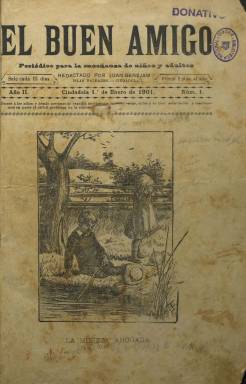
Título: El Buen amigo (Ciudadela)
Colección: Revistas infantiles
Ámbito geográfico: Baleares
Lugar de publicación: Ciudadela (Baleares)
Fechas: 01/01/1901-15/12/1903

Esta publicación pedagógica de las Islas Baleares tenía periodicidad quincenal y se subtitulaba: ‘periódico para la enseñanza de niños y adultos’. Comenzó a editarse en Ciudadela, en la isla de Menorca, en 1900 y se prolongó hasta diciembre de 1904. La colección de la BNE carece de los números correspondientes al primer año y al último.

   El director de esta publicación fue el gran pedagogo y publicista Juan Benejam Vives, natural precisamente de Ciudadela, aunque su proyección sobrepasó las Islas Baleares, dado que su producción didáctica en libros y prensa trascendió a toda España e incluso a América, donde emigraron muchas personas que se beneficiaron de sus enseñanzas. En su ciudad natal regentó una escuela durante 40 años dedicándose no solo a la educación de niños sino también de adultos.

  El Buen Amigo contaba con ocho páginas y una de sus notas características era su grabado o fotograbado de portada, única ilustración que adornaba cada número y cuyo propósito era introducir e incitar a la lectura de un cuento o relato con finalidades educativas y moralizantes, en ocasiones, o de informaciones divulgativas de interés educativo, en otras, tanto para niños como para adultos.

 ‘Demos a los niños y personas de sencilla inteligencia lecturas sanas, útiles y de fácil asimilación y resolveremos en parte el problema de la educación popular’, era el lema del periódico, cuyo contenido era a la vez recreativo y didáctico.

  Podemos ver la estructura del periódico por ejemplo en el primer número que posee la BNE, de fecha 1 de enero de 1901. Tras el grabado de portada referente al cuento de la segunda página, tenemos en páginas sucesivas un artículo de viajes, otro de cómo funciona nuestro cuerpo, seguido de ‘El porqué de muchas cosas’, con sencillas explicaciones científicas, una sección de historias y cuentos, un poema y una última sección titulada ‘De todo un poco’, donde se pueden leer cosas como que los huevos pueden preparase para comer de 400 a 500 maneras.

   Además de editar sus propias publicaciones, Juan Benejam colaboró en muchos proyectos periodísticos pedagógicos, como la revista El Magisterio Balear, órgano de expresión de la Asociación de Maestros de las Baleares, la publicación más importante en esta materia de las islas entre finales del siglo XIX y las primeras décadas del siglo XX. Benejam era contrario al memorismo, la enseñanza rutinaria y libresca y abogaba por un modelo educativo moderno e innovador, asentado en el juego, la educación física, las excursiones, la intuición, los museos escolares, la enseñanza racional y científica, la educación moral, y el trabajo del alumno en lugar del libro de texto, con la utilización de la biblioteca.

  Más información sobre este periódico puede encontrarse en el artículo ‘La utilización del grabado en El Buen Amigo’, de Xavier Motilla Salas y Sara González Gómez, publicado en Actas del XVIII Coloquio de Historia de la Educación y disponible online en Dialnet.

[Descripción publicada el 17/08/2022]